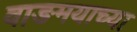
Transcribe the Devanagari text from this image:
वाङमयाच्या